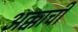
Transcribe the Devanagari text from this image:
अक्काची